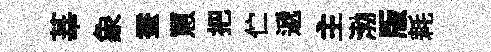
莘象蚕罳把伫遞主渤版耗